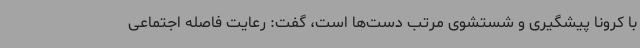
با کرونا پیشگیری و شستشوی مرتب دست‌ها است، گفت: رعایت فاصله اجتماعی